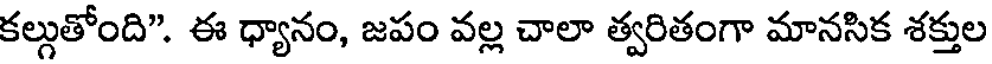
కల్గుతోంది". ఈ ధ్యానం, జపం వల్ల చాలా త్వరితంగా మానసిక శక్తుల